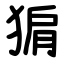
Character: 猏